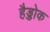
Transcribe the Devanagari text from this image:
हैड्डोक